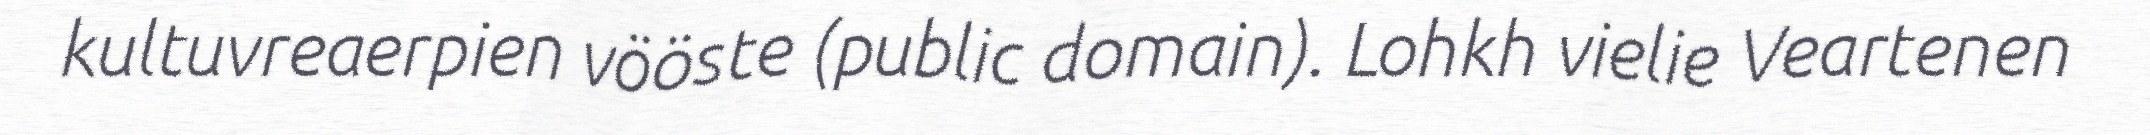
kultuvreaerpien vööste (public domain). Lohkh vielie Veartenen